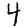
Digit: 4